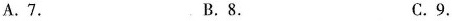
A.7. B.8. C.9.